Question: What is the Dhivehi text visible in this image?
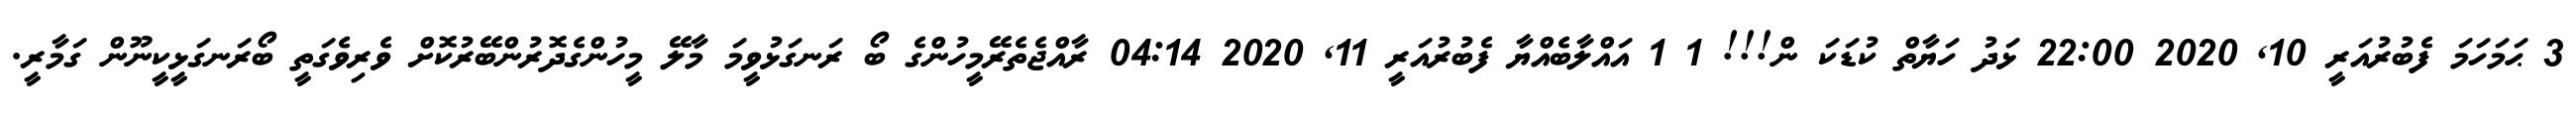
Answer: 3 ޙަމަހަމަ ފެބުރުއަރީ 10, 2020 22:00 ޅަދު ހަޔާތް ކުޑަކަ ން!!! 1 1 އައްލާބެއްޔާ ފެބުރުއަރީ 11, 2020 04:14 ރާއްޖެތެރޭމީހުންގެ ބޯ ރަނގަޅުވީމަ މާލޭ މީހުންގެދޮރުންބޭރުކޮށް ވެރިވެގަތީ ބޯރަނގަޅީކީނޫން ގަމާރީ.